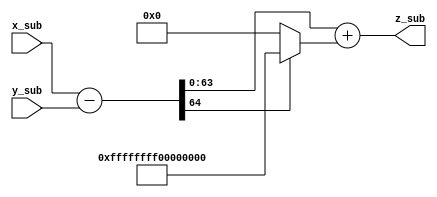
module modular_substraction #(parameter data_width = 64, parameter M = 64'h ffff_ffff_0000_0001)(
    input [data_width-1:0] x_sub,
    input [data_width-1:0] y_sub,
    output [data_width-1:0] z_sub
    );
    
//    parameter M = 12289;
//    parameter M = 32'h73eda753;
    
    wire [data_width-1:0] q;
    wire c;
    wire [data_width-1:0] d;
    wire b;
    
    assign {b,d} = x_sub - y_sub;
    assign  q = (b == 1)? M : 0;
    assign {c,z_sub} = d + q;
    
endmodule